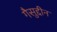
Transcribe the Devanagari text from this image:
गैसुद्दीन